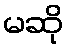
မဆို